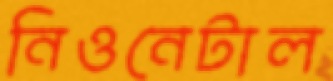
নিওনেটাল